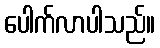
ပေါက်လာပါသည်။